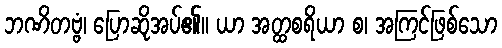
ဘဏိတဗ္ဗံ၊ ပြောဆိုအပ်၏။ ယာ အတ္ထစရိယာ စ၊ အကြင်ဖြစ်သော